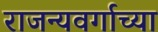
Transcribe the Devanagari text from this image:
राजन्यवर्गाच्या